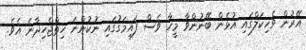
އޭރުން ވެހިކަލްގައި އުޅެން ބޭނުންވާ މީހާ ވެސް ފައިމަގުގައި ނުކުންނަ ހިތްޖެހިދާނެ އެވެ.